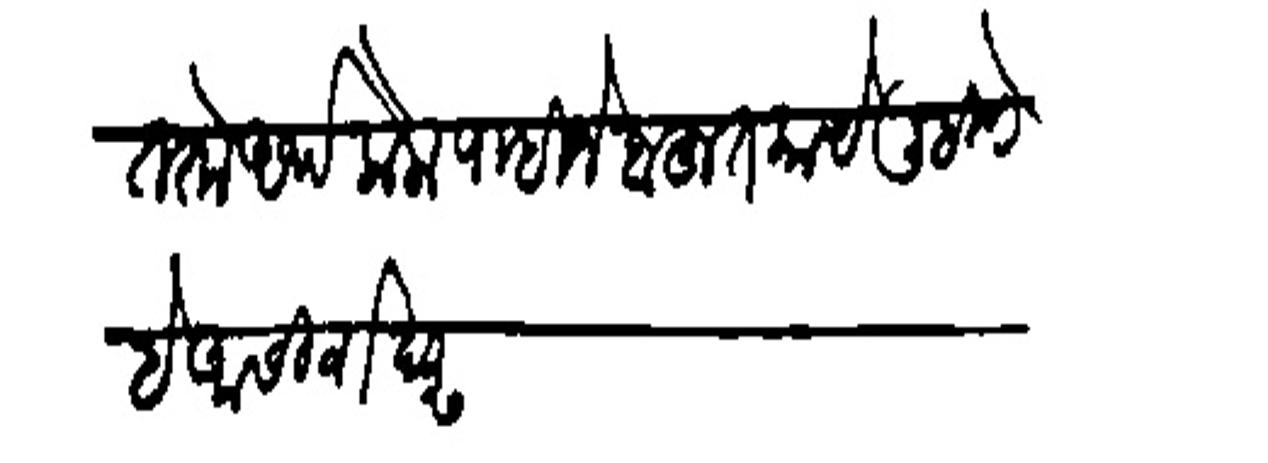
Transliteration (Devanagari): वाचेल तो अर्थ केला पाहिजे बहुत काये लिहिणे है आसिर्वाद